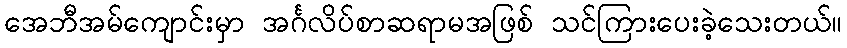
အေဘီအမ်ကျောင်းမှာ အင်္ဂလိပ်စာဆရာမအဖြစ် သင်ကြားပေးခဲ့သေးတယ်။